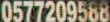
0577209588